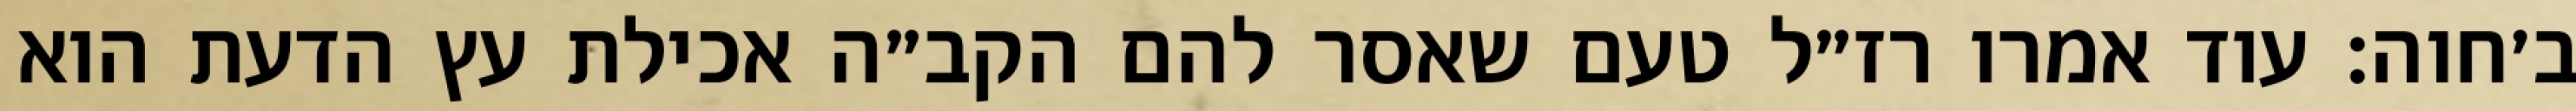
ב׳חוה: עוד אמרו רז״ל טעם שאסר להם הקב״ה אכילת עץ הדעת הוא